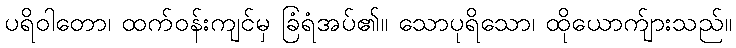
ပရိဝါတော၊ ထက်ဝန်းကျင်မှ ခြံရံအပ်၏။ သောပုရိသော၊ ထိုယောက်ျားသည်။